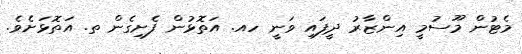
މެޓުން މޫސުމީ އިންޒާރު ދީފައި ވަނީ ހއ. އަތޮޅުން ފެށިގެން ތ. އަތޮޅަށެވެ.